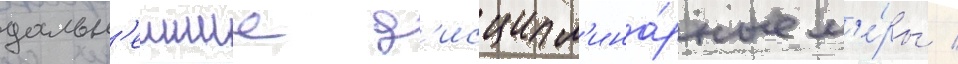
дальн'еишие д'исципл'ина́рные м'е́ры /